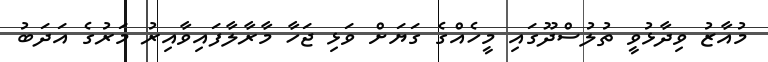
މުއާޒު ވިދާޅުވީ ތުލުސްދޫގައި މީހެއްގެ ގަޔަށް ވަޅި ޖަހާ މާރާލާފައިވާއިރު މަރުގެ އަދަބު